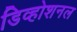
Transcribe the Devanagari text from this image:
डिव्होशनल